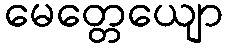
မေတ္တေယျော